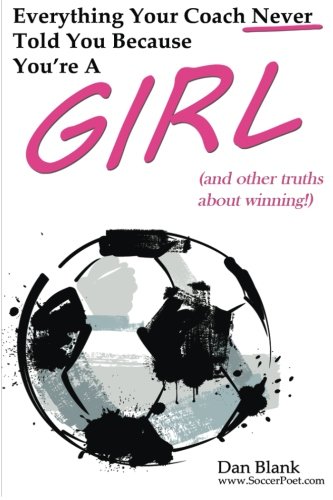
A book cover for Everything Your Coach Never Told You Because You're a Girl: and other truths about winning; Dan Blank; Sports & Outdoors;